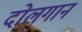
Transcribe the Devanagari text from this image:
दोलगान